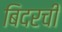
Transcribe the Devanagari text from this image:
बिदरची